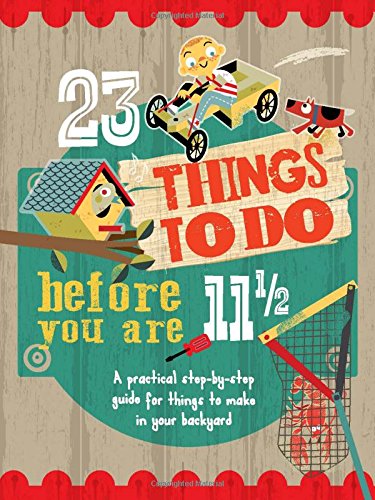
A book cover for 23 Things To Do Before You are 11 1/2: A practical step-by-step guide for things to make in your backyard; Mike Warren; Children's Books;